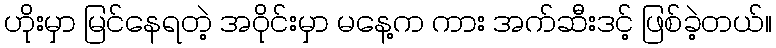
ဟိုးမှာ မြင်နေရတဲ့ အဝိုင်းမှာ မနေ့က ကား အက်ဆီးဒင့် ဖြစ်ခဲ့တယ်။